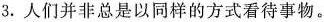
3.人们并非总是以同样的方式看待事物。